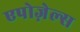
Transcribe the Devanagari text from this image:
एपोज़ेल्स